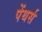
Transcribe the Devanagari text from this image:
पेंथर्स